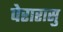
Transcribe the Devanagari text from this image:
पेरारासु